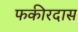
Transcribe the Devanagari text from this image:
फकीरदास